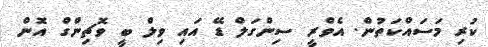
ކުރި މަސައްކަތުން. އެވްރީ ސިންގަލް ޑޭ އައި ވިލް ބީ ވޮޗިންގް އޮން